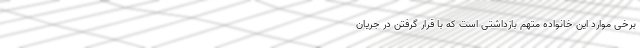
برخی موارد این خانواده متهم بازداشتی است که با قرار گرفتن در جریان